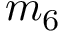
m _ { 6 }